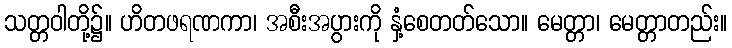
သတ္တဝါတို့၌။ ဟိတဖရဏကာ၊ အစီးအပွားကို နှံ့စေတတ်သော။ မေတ္တာ၊ မေတ္တာတည်း။